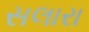
સલારા